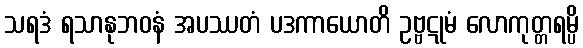
သရဒံ ရသာနုဘဝနံ အပဿတံ ပဒကာယောတိ ဥဗ္ဗဋုမံ လောကုတ္တရမ္ပိ